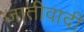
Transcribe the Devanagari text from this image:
जातीवादी